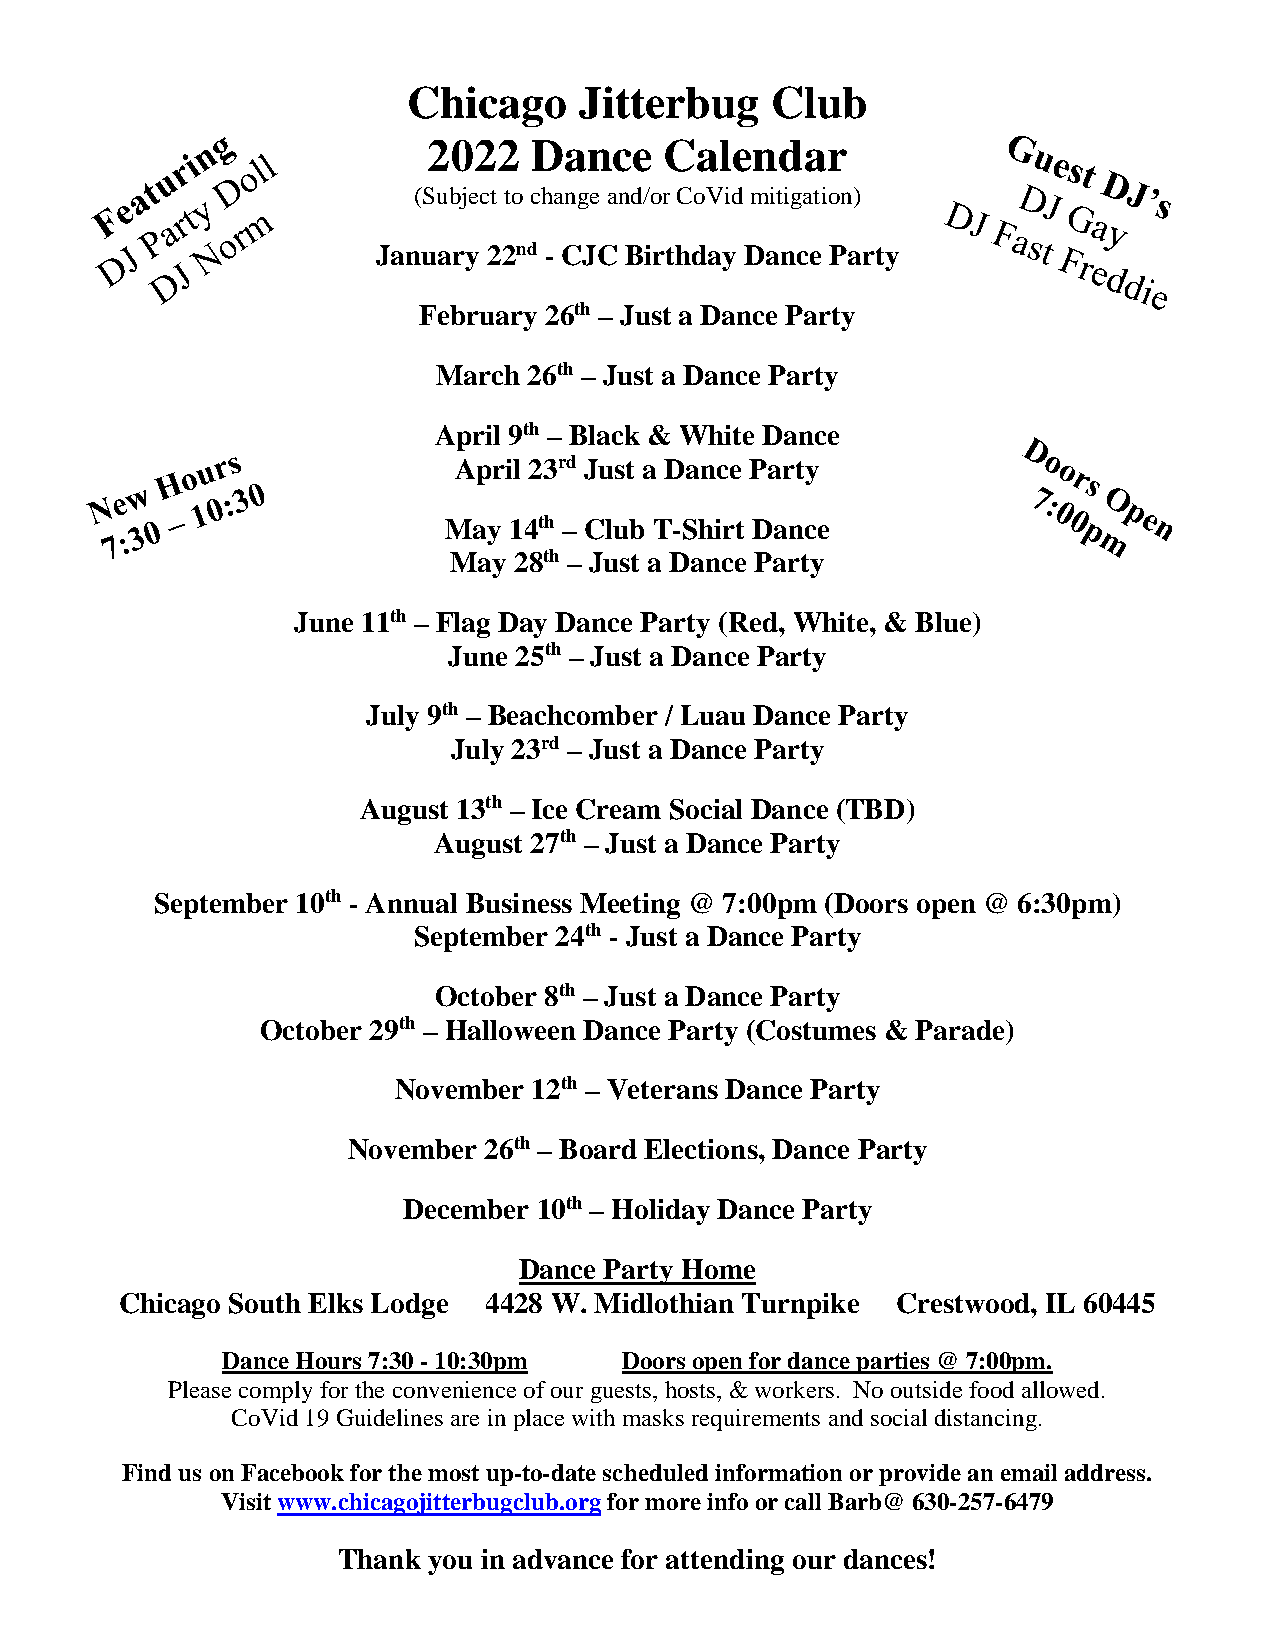
Chicago    Jitterbug    Club
 2022   Dance    Calendar
 (Subject to change and/or CoVid mitigation)
 January 22nd - CJC Birthday Dance Party
 February 26th – Just a Dance Party
 March 26th – Just a Dance Party
 April 9th – Black & White Dance
 April 23rd Just a Dance Party
 May  14th – Club T-Shirt Dance
 May 28th – Just a Dance Party
 June 11th – Flag Day Dance Party (Red, White, & Blue)
 June 25th – Just a Dance Party
 July 9th – Beachcomber / Luau Dance Party
 July 23rd – Just a Dance Party
 August 13th – Ice Cream Social Dance (TBD)
 August 27th – Just a Dance Party
 September 10th - Annual Business Meeting @ 7:00pm (Doors open @ 6:30pm)
 September 24th - Just a Dance Party
 October 8th – Just a Dance Party
 October 29th – Halloween Dance Party (Costumes & Parade)
 November 12th – Veterans Dance Party
 November 26th – Board Elections, Dance Party
 December 10th – Holiday Dance Party
 Dance Party Home
 Chicago South Elks Lodge 4428 W. Midlothian Turnpike Crestwood, IL 60445
 Dance Hours 7:30 - 10:30pm Doors open for dance parties @ 7:00pm.
 Please comply for the convenience of our guests, hosts, & workers. No outside food allowed.
 CoVid 19 Guidelines are in place with masks requirements and social distancing.
 Find us on Facebook for the most up-to-date scheduled information or provide an email address.
 Visit www.chicagojitterbugclub.org for more info or call Barb@ 630-257-6479
 Thank you in advance for attending our dances!